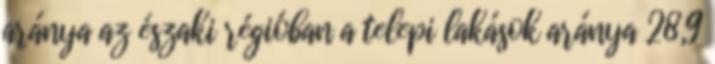
aránya az északi régióban a telepi lakások aránya 28,9